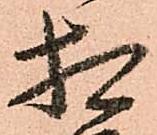
相